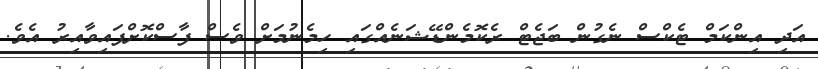
އަދި އިންކަމް ޓެކްސް ނެގުން ބަޖެޓް ރެކޮމެންޑޭޝަނެއްގައި ހިމެނުމަށް ވެސް ފާސްކޮށްފައިވާއިރު އެވެ.